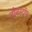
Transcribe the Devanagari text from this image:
नौनस्टॉप